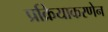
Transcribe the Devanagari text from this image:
प्रक्रियाकरणेन